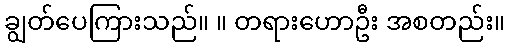
ချွတ်ပေကြားသည်။ ။ တရားဟောဦး အစတည်း။